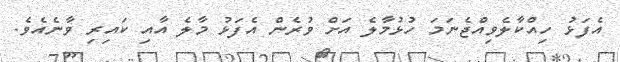
އެފަޅު ހިއްކާލެވިއްޖެނަމަ ހުޅުމާލެ އަށް ވުރެން އެފަޅު މާލެ އާއި ކައިރި ވާނެއެވެ.